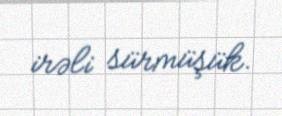
irəli sürmüşük.